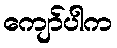
ကျော်ပါက